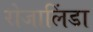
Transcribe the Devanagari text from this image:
रोजालिंडा